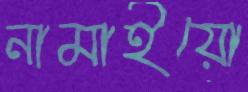
নামাইয়ো